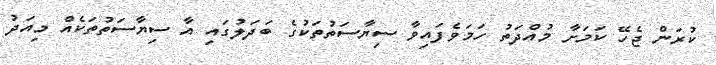
ކުރަން ޖެހޭ ކަމަށާ މުއްދަތު ހަމަވެފައިވާ ސިޔާސަތުތަކުގެ ބަދަލުގައި އާ ސިޔާސަތުތަކެއް މިއަދު